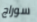
سوراج